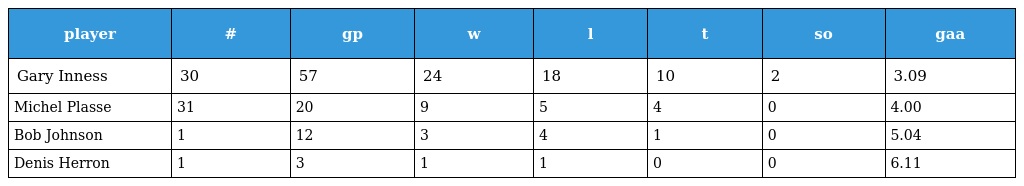
| player | # | gp | w | l | t | so | gaa |
 | --- | --- | --- | --- | --- | --- | --- | --- |
 | Gary Inness | 30 | 57 | 24 | 18 | 10 | 2 | 3.09 |
 | Michel Plasse | 31 | 20 | 9 | 5 | 4 | 0 | 4.00 |
 | Bob Johnson | 1 | 12 | 3 | 4 | 1 | 0 | 5.04 |
 | Denis Herron | 1 | 3 | 1 | 1 | 0 | 0 | 6.11 |